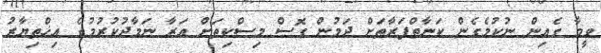
ވީމާ ގެއިން ނުކުމެގެން ކަނާތްފަރާތަށް ދަމުން ގޮސް މިސްކިތަށް އަރާ ނަމާދުކުރުމުގެ އިޚްތިޔާރު